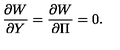
\frac { \partial W } { \partial Y } = \frac { \partial W } { \partial \Pi } = 0 .